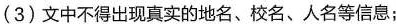
(3)文中不得出现真实的地名、校名、人名等信息；